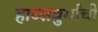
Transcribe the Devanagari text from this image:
हाब्सबुर्गांची